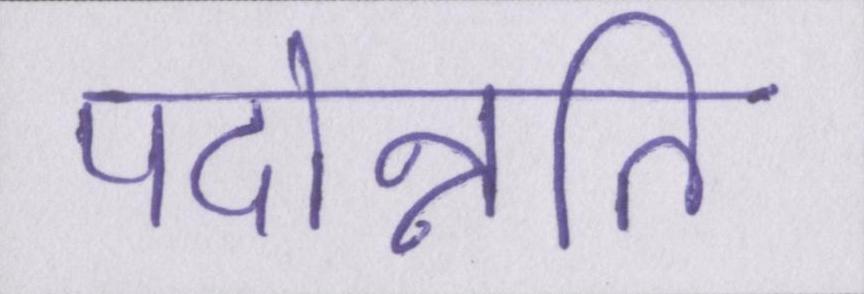
पदोन्नति